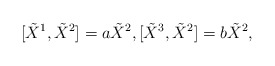
\begin{align*}[\tilde{X}^{1},\tilde{X}^{2}]=a\tilde{X}^{2},[\tilde{X}^{3},\tilde{X}^{2}]=b\tilde{X}^{2},\end{align*}